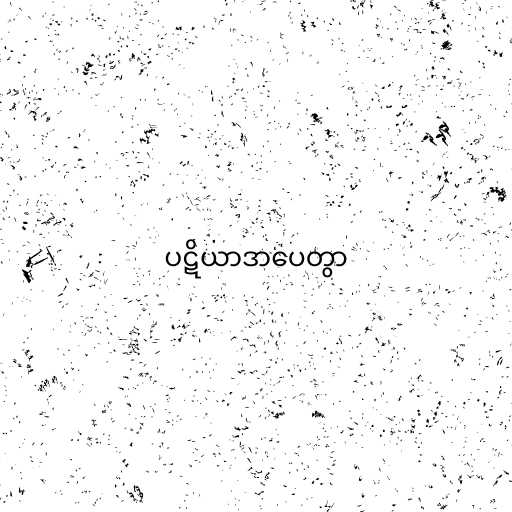
ပဋိယာဒာပေတွာ